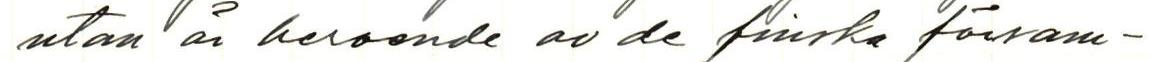
utan är beroende av de finska försam-